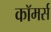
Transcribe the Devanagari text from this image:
काॅमर्स